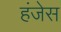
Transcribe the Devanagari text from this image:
हंजेस